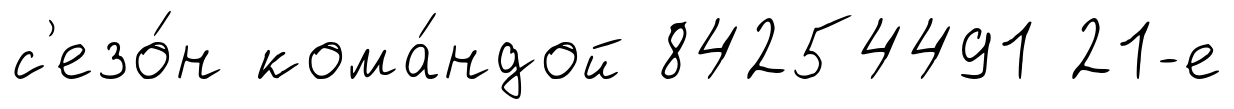
с'езо́н кома́ндой 84254491 21-е